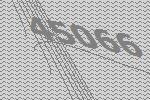
45066